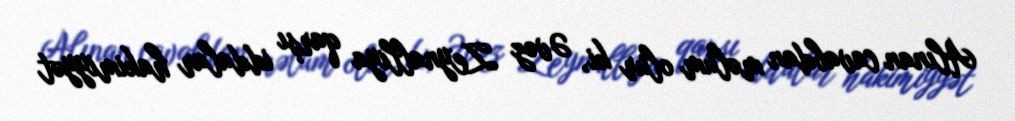
Alınan cavabdan məlum olur ki, Əvəz Zeynallıya qarşı iddalar hakimiyyət